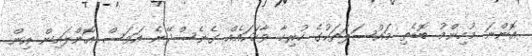
އޮންނަ މުހިންމު ބޮޑެތި މައްސަލަތަކުގެ ހުރިހާ ވާހަކައެއް ގެނެސްދޭނެ އަވަސް އޮންލައިން އިން